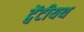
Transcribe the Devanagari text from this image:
ट्वेंटीयथ